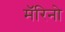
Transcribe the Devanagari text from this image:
मॅरिनो